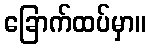
ခြောက်ထပ်မှာ။